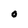
Character: O